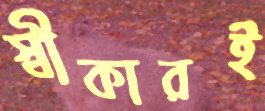
স্বীকারই